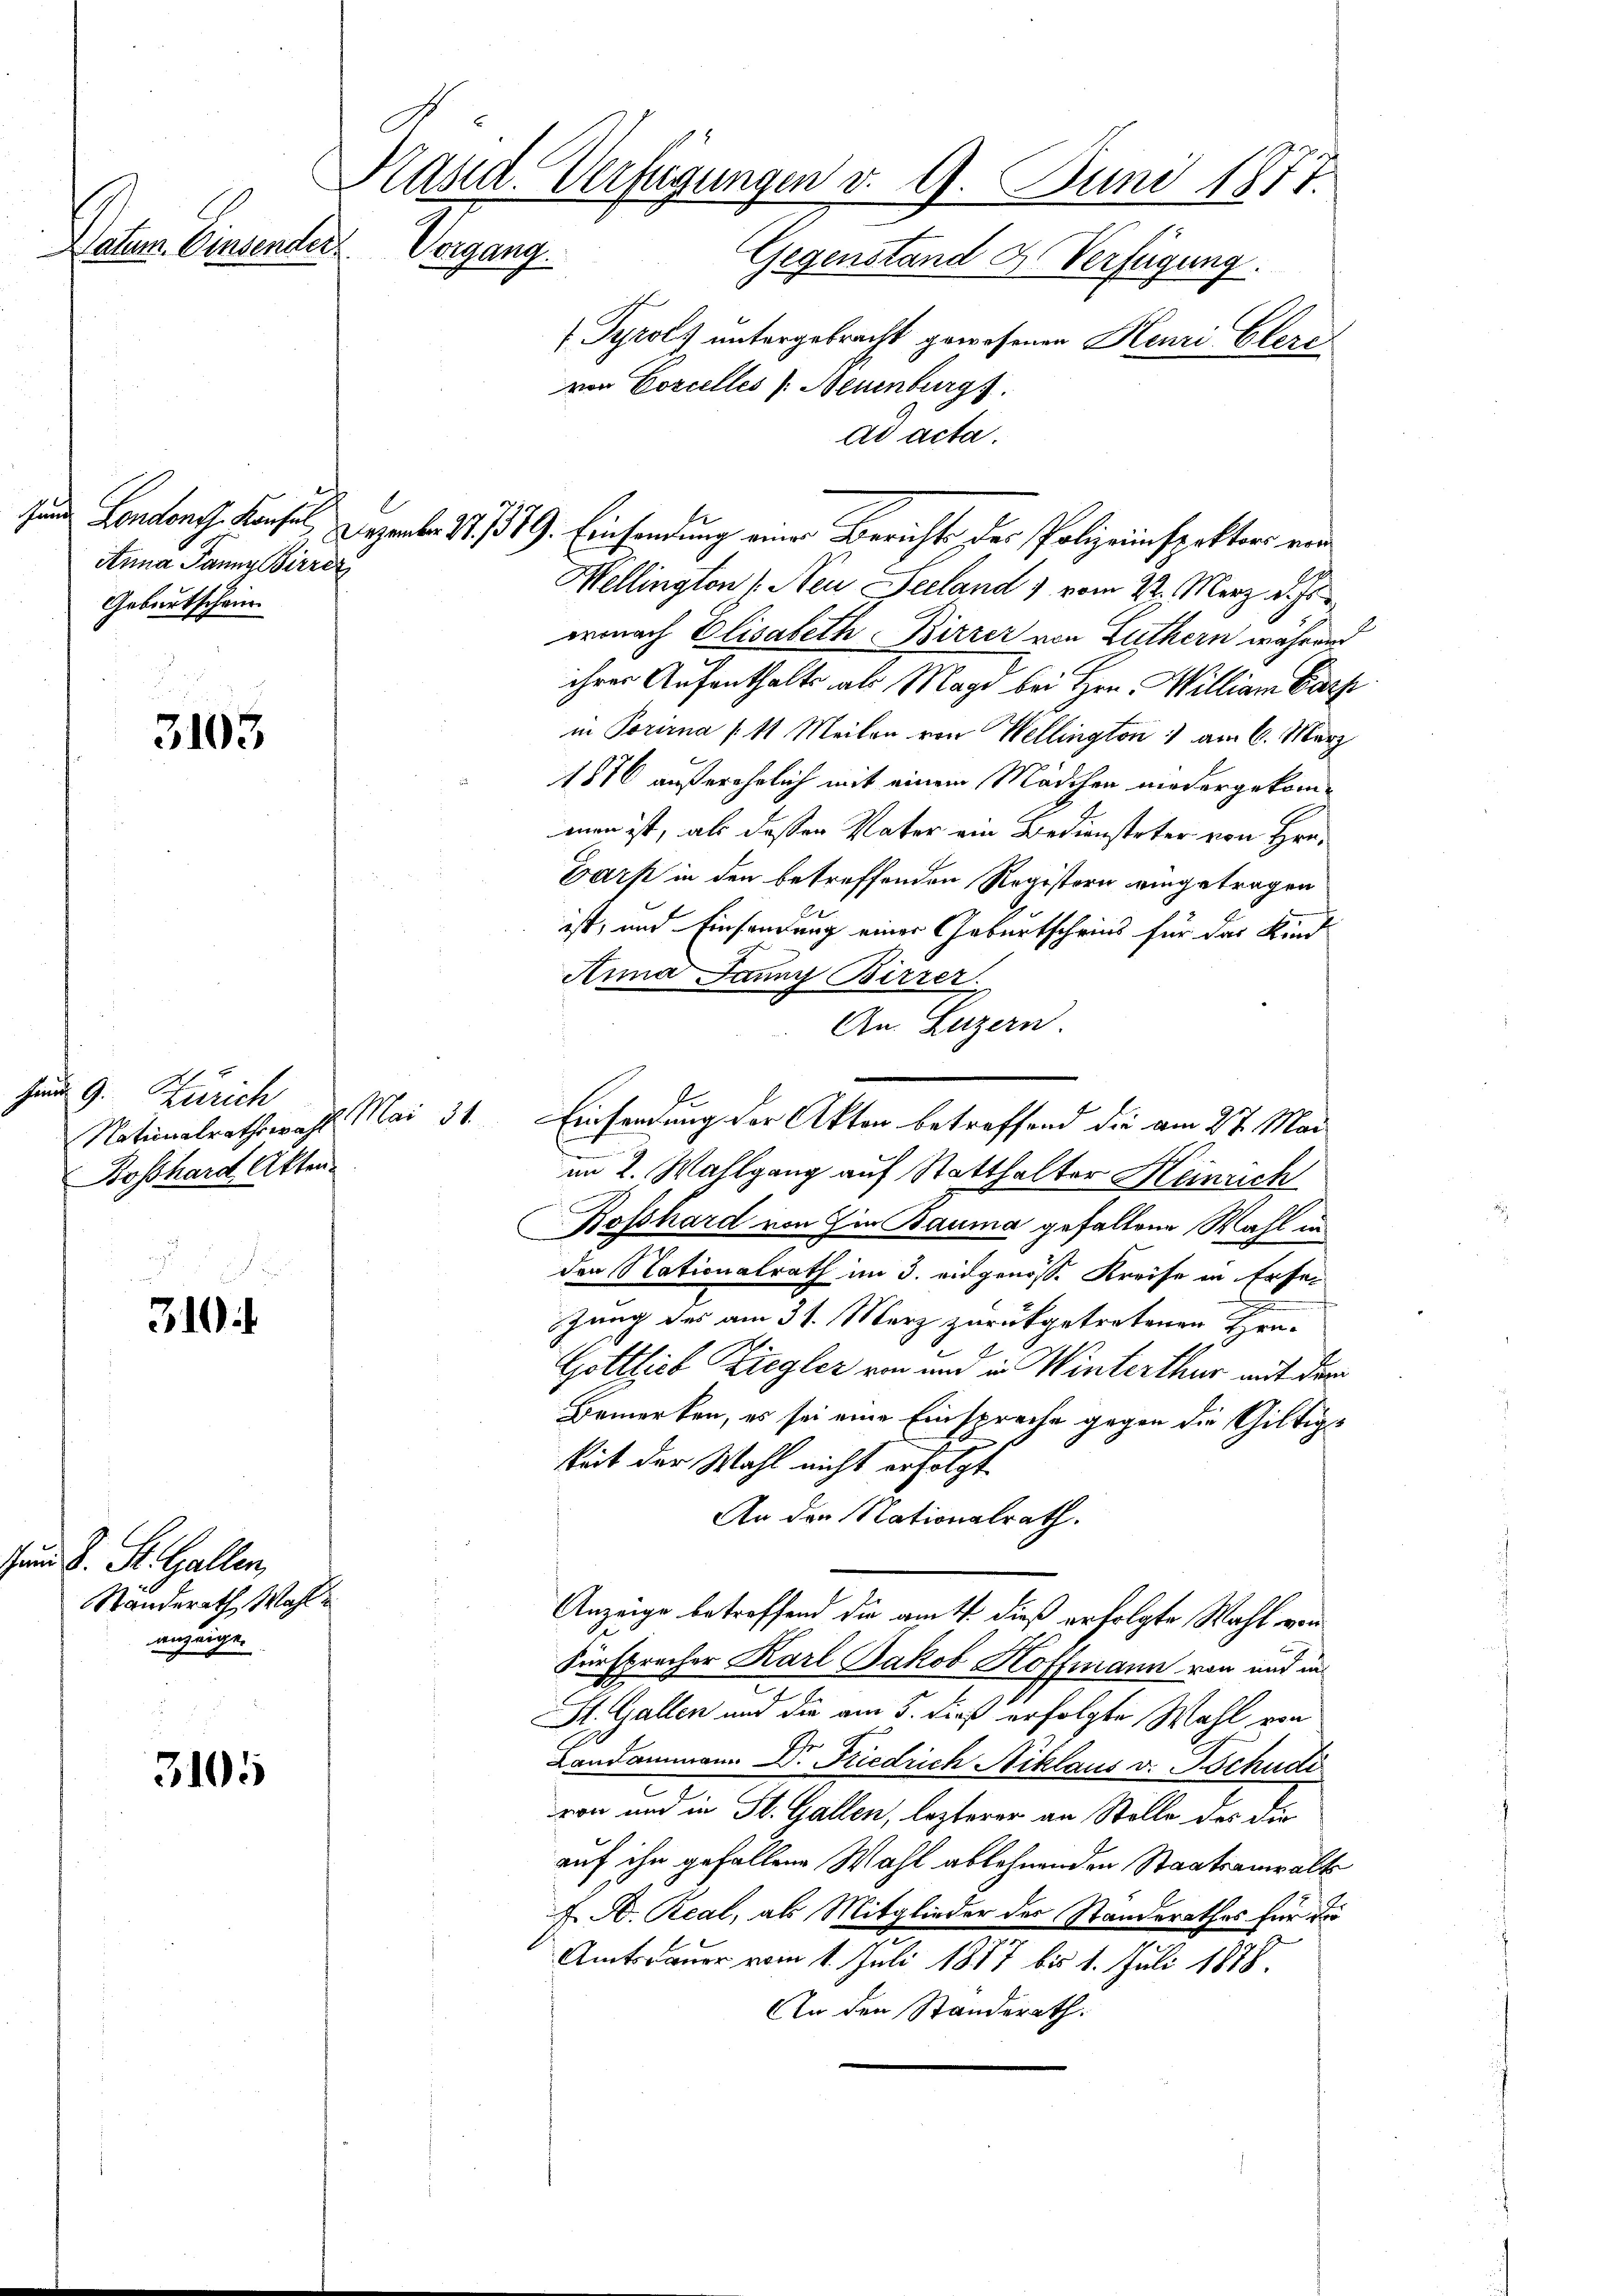
Datum. Einsender

Anna Tanne Birrez
Geburtschein

3103

Jund 9. Zürich
Boßhard Akten.

.
u
310

u S. St. Gallen,
Standerath Wahlanzeige.

3105

Präsid. Verfügungen d. 9. Juni 1877.
Porgung.
Gegenstand 2. Verfügung.
(Pyrolz untergebracht gewesenen Henri Elere¬

ad acta.
sund Landen Kons. Der S. 379. Einsendung einer Berichts des Polizeinspektors von
Mellington Neu Seeland 1 vom 22. März d. Js
wonach Elisabeth Birrer von Luthern während
ihrer Aufenthalts als Magd bei Hrn. Willian Barh
in Porirna § 11 Meilen von Hellington am 6. März
1816 außerehrlich mit einem Mädchen niedergekommen ist, als deßen Vater ein Bediensteter von Hrn.
Darf in den betreffenden Registern eingetragen
ist, und Einsendung einer Geburtscheins für das Kind
Anna Jenny Birrer.
An. Luzern.
Nationalrathswahl Mai 31. Einsendung der Akten betreffend die am 27. Mai
im 2. Wahlgang auf Statthalter Heinrich
Boßhard von hin Bauma gefallene Wahl in
den Nationalrath im 3. eidgenöss. Kreise in Ersezung des am 31. März zurückgetretenen Heu-
Gottlieb Ziegler von und in Winterthur mit der
Bemerken, es sei eine Einspreche gegen die Giltigkeit der Wahl nicht erfolgt.
An den Nationalrath.
Anzeige betreffend die amt dieß erfolgte Wahl von
Fürsprecher Karl Jakob Hoffmann von und in
St. Gallen und die am 5. dieß erfolgte Wahl von
Landammann Dr. Friedrich Niklaus v. Tschudi
von und in St. Gallen, lezterer an Stelle des die
auf ihn gefallene Wahl ablehnenden Staatsanwalt
J. D. Real, als Mitglieder der Standerathes für da
Amtsdauer vom 1. Juli 1877 bis 1. Juli 1878.
An den Standerath.

von Corcelles Neuenburg